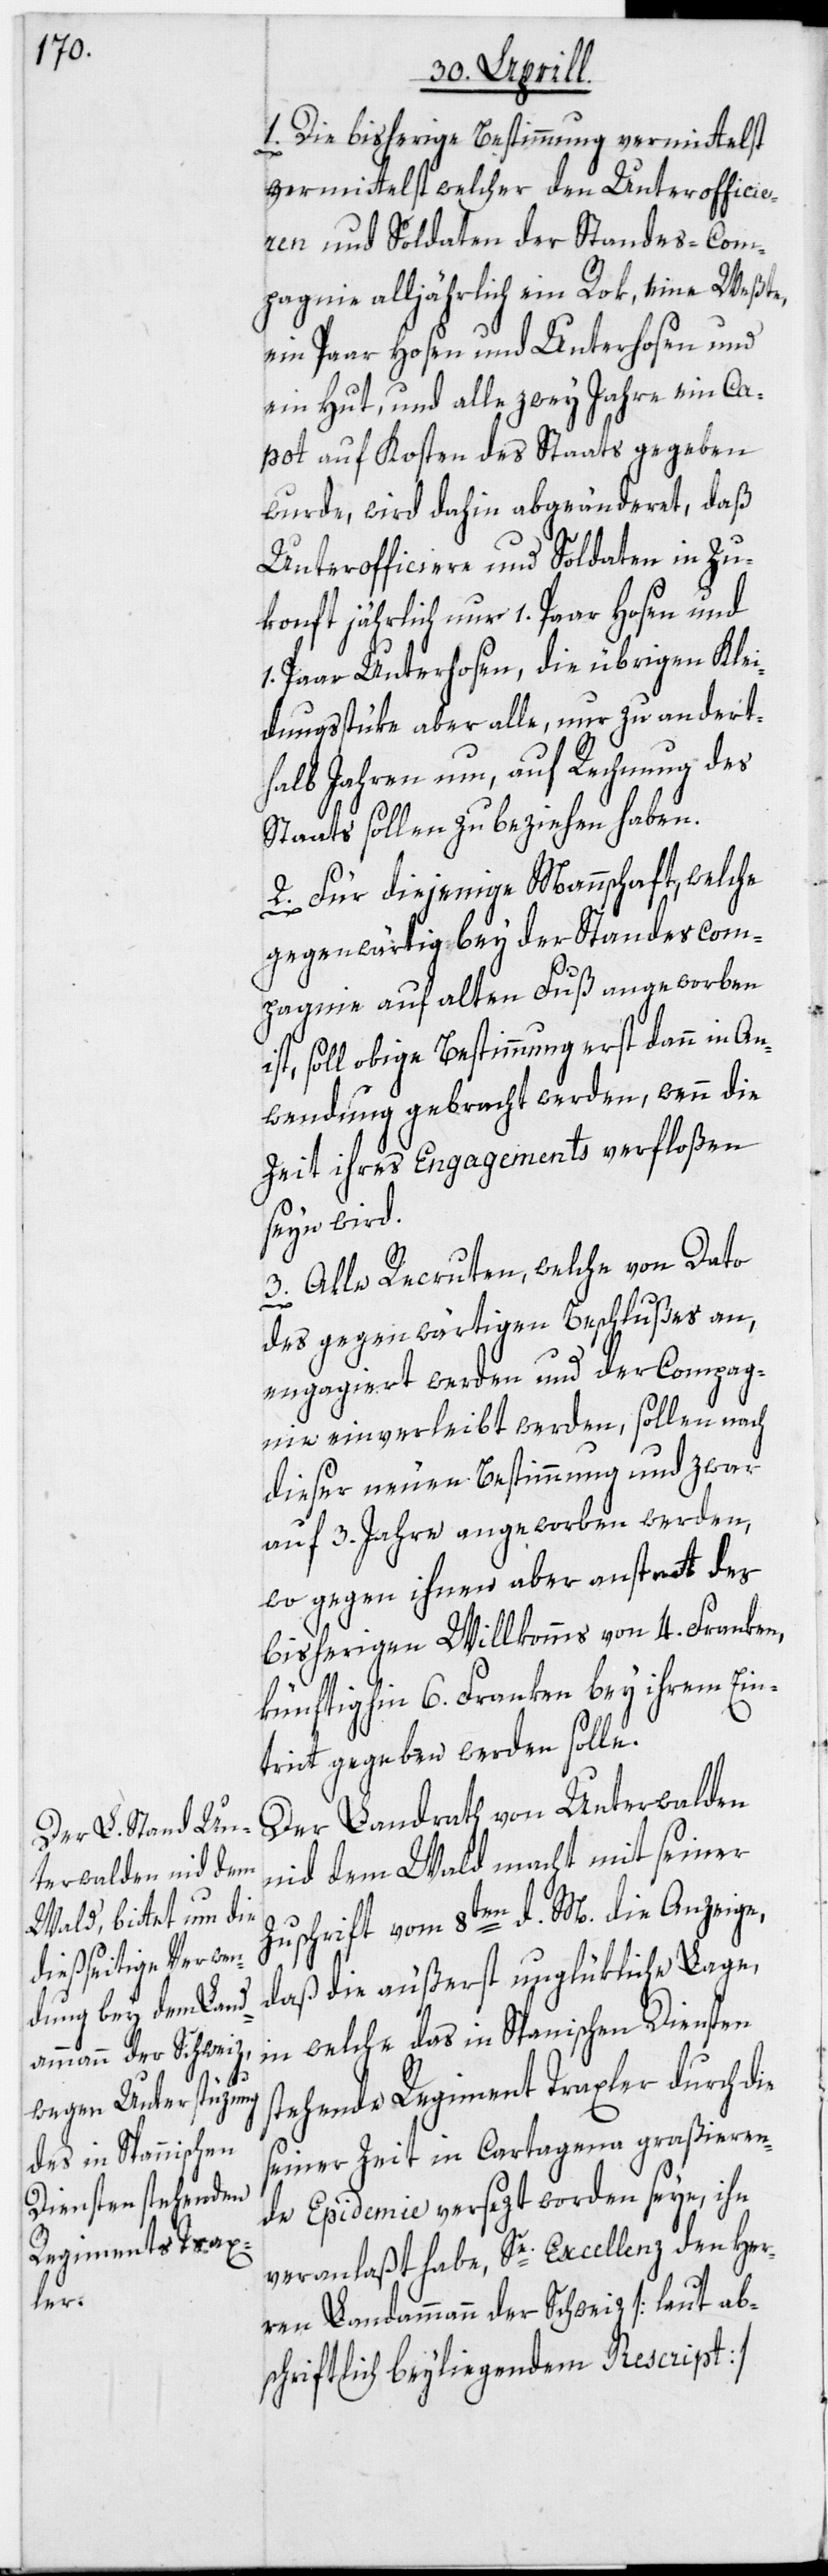
1. Die bisherige Bestimmung vermittelst
und Soldaten der Standes-Com¬
pagnie alljährlich ein Rok, eine Weßte,
ein Paar Hosen und Unterhosen und
ein Hut, und alle zwey Jahre ein Ca¬
pot auf Kosten des Staats gegeben
wurde, wird dahin abgeänderet, daß
Unterofficiere und Soldaten in Zu¬
konft jährlich nur 1. Paar Hosen und
1. Paar Unterhosen, die übrigen Klei¬
dungsstüke aber alle, nur zu andert¬
halb Jahren um, auf Rechnung des
Staats sollen zu beziehen haben.
2. Für diejenige Mannschaft, welche
gegenwärtig bey der Standescom¬
pagnie auf alten Fuß angeworben
ist, soll obige Bestimmung erst dann in An¬
wendung gebracht werden, wenn die
Zeit ihres Engagements verfloßen
seyn wird.
3. Alle Recruten, welche von Dato
des gegenwärtigen Beschlußes an,
engagiert werden und der Compag¬
nie einverleibt werden, sollen nach
dieser neuen Bestimmung und zwar
auf 3. Jahre angeworben werden,
wo gegen ihnen aber anstatt des
bisherigen Willkomms von 4. Franken,
künftighin 6. Franken bey ihrem Ein¬
tritt gegeben werden solle.
Der Landrath von Unterwalden
nid dem Wald macht mit seiner
Zuschrift vom 8ten d. M. die Anzeige,
daß die äußerst unglükliche Lage,
in welche das in Spanischen Diensten
stehende Regiment Traxler durch die
seiner Zeit in Cartagena graßieren¬
de Epidemie versezt worden seye, ihn
veranlaßt habe, Se. Excellenz den Her¬
ren Landammann der Schweiz [laut ab¬
schriftlich beyliegendem Rescript]